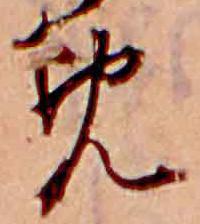
め